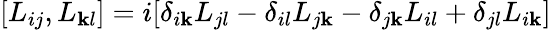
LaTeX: [L_{ij},L_{\mathbf{k}l}]=i[\delta_{i\mathbf{k}}L_{jl}-\delta_{il}L_{j\mathbf{k}}-\delta_{j\mathbf{k}}L_{il}+\delta_{jl}L_{i\mathbf{k}}]